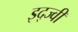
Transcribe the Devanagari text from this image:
इद्ज्वी